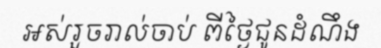
អស់រួចរាល់ចាប់ ពីថ្ងៃជូនដំណឹង